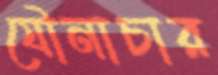
যৌনাচার